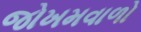
જોખમવાળો